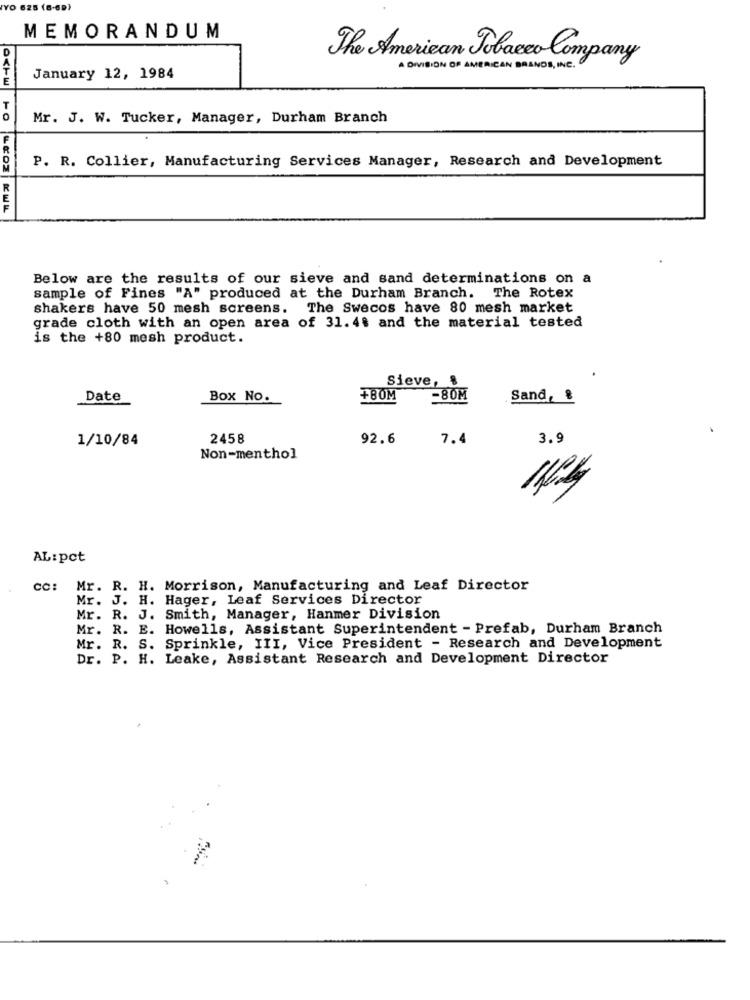
YO 625 (6-69)
MEMORANDUM
The American Tobacco Company
A DIVISION OF AMERICAN BRANDS, INC.
January 12, 1984
T
0
Mr. J. W. Tucker, Manager, Durham Branch
P. R. Collier, Manufacturing Services Manager, Research and Development
Below are the results of our sieve and sand determinations on a
sample of Fines "A" produced at the Durham Branch. The Rotex
shakers have 50 mesh screens. The Swecos have 80 mesh market
grade cloth with an open area of 31.4$ and the material tested
is the +80 mesh product.
Sieve, &
Date
Box No.
+80M
-80M
Sand,
1/10/84
2458
92.6
7.4
3.9
Non-menthol
AL: pct
cc: Mr. R. H. Morrison, Manufacturing and Leaf Director
Mr. J. H. Hager, Leaf Services Director
Mr. R. J. Smith, Manager, Hanmer Division
Mr. R. E. Howells, Assistant Superintendent - Prefab, Durham Branch
Mr. R. S. Sprinkle, III, Vice President - Research and Development
Dr. P. H. Leake, Assistant Research and Development Director